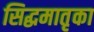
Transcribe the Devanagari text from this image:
सिद्धमातृका